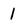
Character: 1